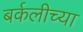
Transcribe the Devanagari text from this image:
बर्कलीच्या